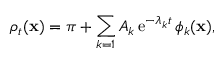
\rho _ { t } ( \mathbf { x } ) = \pi + \sum _ { k = 1 } A _ { k } \operatorname { e } ^ { - \lambda _ { k } t } \phi _ { k } ( \mathbf { x } ) ,